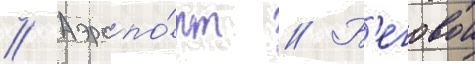
// Аэропо́рт // Б'еговои